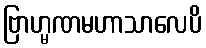
ဗြာဟ္မဏမဟာသာလေပိ